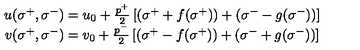
\begin{array} { c } { u ( \sigma ^ { + } , \sigma ^ { - } ) = u _ { 0 } + \frac { p ^ { + } } 2 \left[ ( \sigma ^ { + } + f ( \sigma ^ { + } ) ) + ( \sigma ^ { - } - g ( \sigma ^ { - } ) ) \right] } \\ { v ( \sigma ^ { + } , \sigma ^ { - } ) = v _ { 0 } + \frac { p ^ { - } } 2 \left[ ( \sigma ^ { + } - f ( \sigma ^ { + } ) ) + ( \sigma ^ { - } + g ( \sigma ^ { - } ) ) \right] } \\ \end{array}